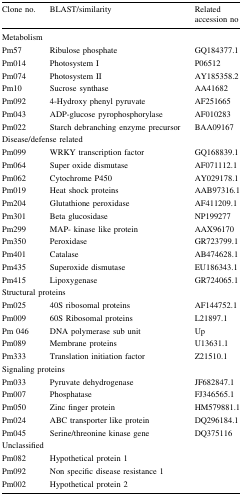
<table><thead><tr><td><b>Clone no.</b></td><td><b>BLAST/similarity</b></td><td><b>Related accession no</b></td></tr></thead><tbody><tr><td colspan="3">Metabolism</td></tr><tr><td>Pm57</td><td>Ribulose phosphate</td><td>GQ184377.1</td></tr><tr><td>Pm014</td><td>Photosystem I</td><td>P06512</td></tr><tr><td>Pm074</td><td>Photosystem II</td><td>AY185358.2</td></tr><tr><td>Pm10</td><td>Sucrose synthase</td><td>AA41682</td></tr><tr><td>Pm092</td><td>4-Hydroxy phenyl pyruvate</td><td>AF251665</td></tr><tr><td>Pm043</td><td>ADP-glucose pyrophosphorylase</td><td>AF010283</td></tr><tr><td>Pm022</td><td>Starch debranching enzyme precursor</td><td>BAA09167</td></tr><tr><td colspan="2">Disease/defense related</td><td></td></tr><tr><td>Pm099</td><td>WRKY transcription factor</td><td>GQ168839.1</td></tr><tr><td>Pm064</td><td>Super oxide dismutase</td><td>AF071112.1</td></tr><tr><td>Pm062</td><td>Cytochrome P450</td><td>AY029178.1</td></tr><tr><td>Pm019</td><td>Heat shock proteins</td><td>AAB97316.1</td></tr><tr><td>Pm204</td><td>Glutathione peroxidase</td><td>AF411209.1</td></tr><tr><td>Pm301</td><td>Beta glucosidase</td><td>NP199277</td></tr><tr><td>Pm299</td><td>MAP- kinase like protein</td><td>AAX96170</td></tr><tr><td>Pm350</td><td>Peroxidase</td><td>GR723799.1</td></tr><tr><td>Pm401</td><td>Catalase</td><td>AB474628.1</td></tr><tr><td>Pm435</td><td>Superoxide dismutase</td><td>EU186343.1</td></tr><tr><td>Pm415</td><td>Lipoxygenase</td><td>GR724065.1</td></tr><tr><td colspan="3">Structural proteins</td></tr><tr><td>Pm025</td><td>40S ribosomal proteins</td><td>AF144752.1</td></tr><tr><td>Pm009</td><td>60S Ribosomal proteins</td><td>L21897.1</td></tr><tr><td>Pm 046</td><td>DNA polymerase sub unit</td><td>Up</td></tr><tr><td>Pm089</td><td>Membrane proteins</td><td>U13631.1</td></tr><tr><td>Pm333</td><td>Translation initiation factor</td><td>Z21510.1</td></tr><tr><td colspan="3">Signaling proteins</td></tr><tr><td>Pm033</td><td>Pyruvate dehydrogenase</td><td>JF682847.1</td></tr><tr><td>Pm007</td><td>Phosphatase</td><td>FJ346565.1</td></tr><tr><td>Pm050</td><td>Zinc finger protein</td><td>HM579881.1</td></tr><tr><td>Pm024</td><td>ABC transporter like protein</td><td>DQ296184.1</td></tr><tr><td>Pm045</td><td>Serine/threonine kinase gene</td><td>DQ375116</td></tr><tr><td colspan="3">Unclassified</td></tr><tr><td>Pm082</td><td>Hypothetical protein 1</td><td rowspan="3"></td></tr><tr><td>Pm092</td><td>Non specific disease resistance 1</td></tr><tr><td>Pm002</td><td>Hypothetical protein 2</td></tr></tbody></table>